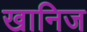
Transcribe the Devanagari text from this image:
खानिज